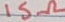
Text: 15Ω